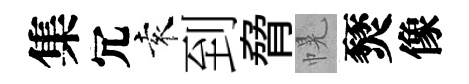
集冗袁到脅幌燹像